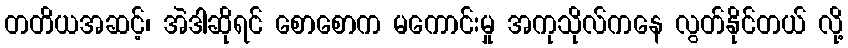
တတိယအဆင့်၊ အဲဒါဆိုရင် စောစောက မကောင်းမှု အကုသိုလ်ကနေ လွတ်နိုင်တယ် လို့